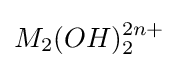
M_{2}(OH)_{2}^{2n+}